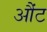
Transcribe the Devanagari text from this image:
औंट